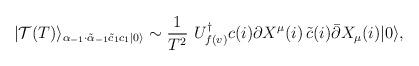
LaTeX: \begin{align*} |\mathcal{T}(T)\rangle_{\alpha_{-1} \cdot \tilde{\alpha}_{-1} \tilde{c}_1 c_1 |0\rangle} \sim\frac{1}{T^2}\,\, U_{f(v)}^{\dagger} c(i)\partial X^{\mu}(i)\,\tilde{c}(i) \bar{\partial} X_{\mu}(i) |0\rangle,\end{align*}